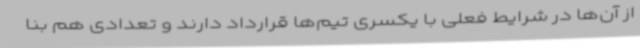
از آن‌ها در شرایط فعلی با یکسری تیم‌ها قرارداد دارند و تعدادی هم بنا